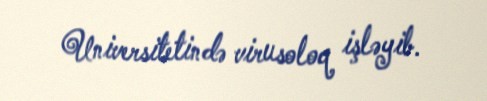
Universitetində virusoloq işləyib.